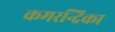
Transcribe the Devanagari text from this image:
कमरन्द्रिका